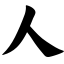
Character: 人